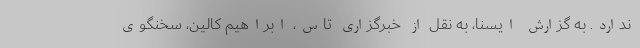
ندارد. به گزارش ایسنا، به نقل از خبرگزاری تاس، ابراهیم کالین، سخنگوی